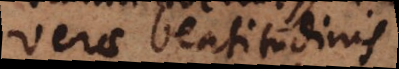
verae beatitudinis,